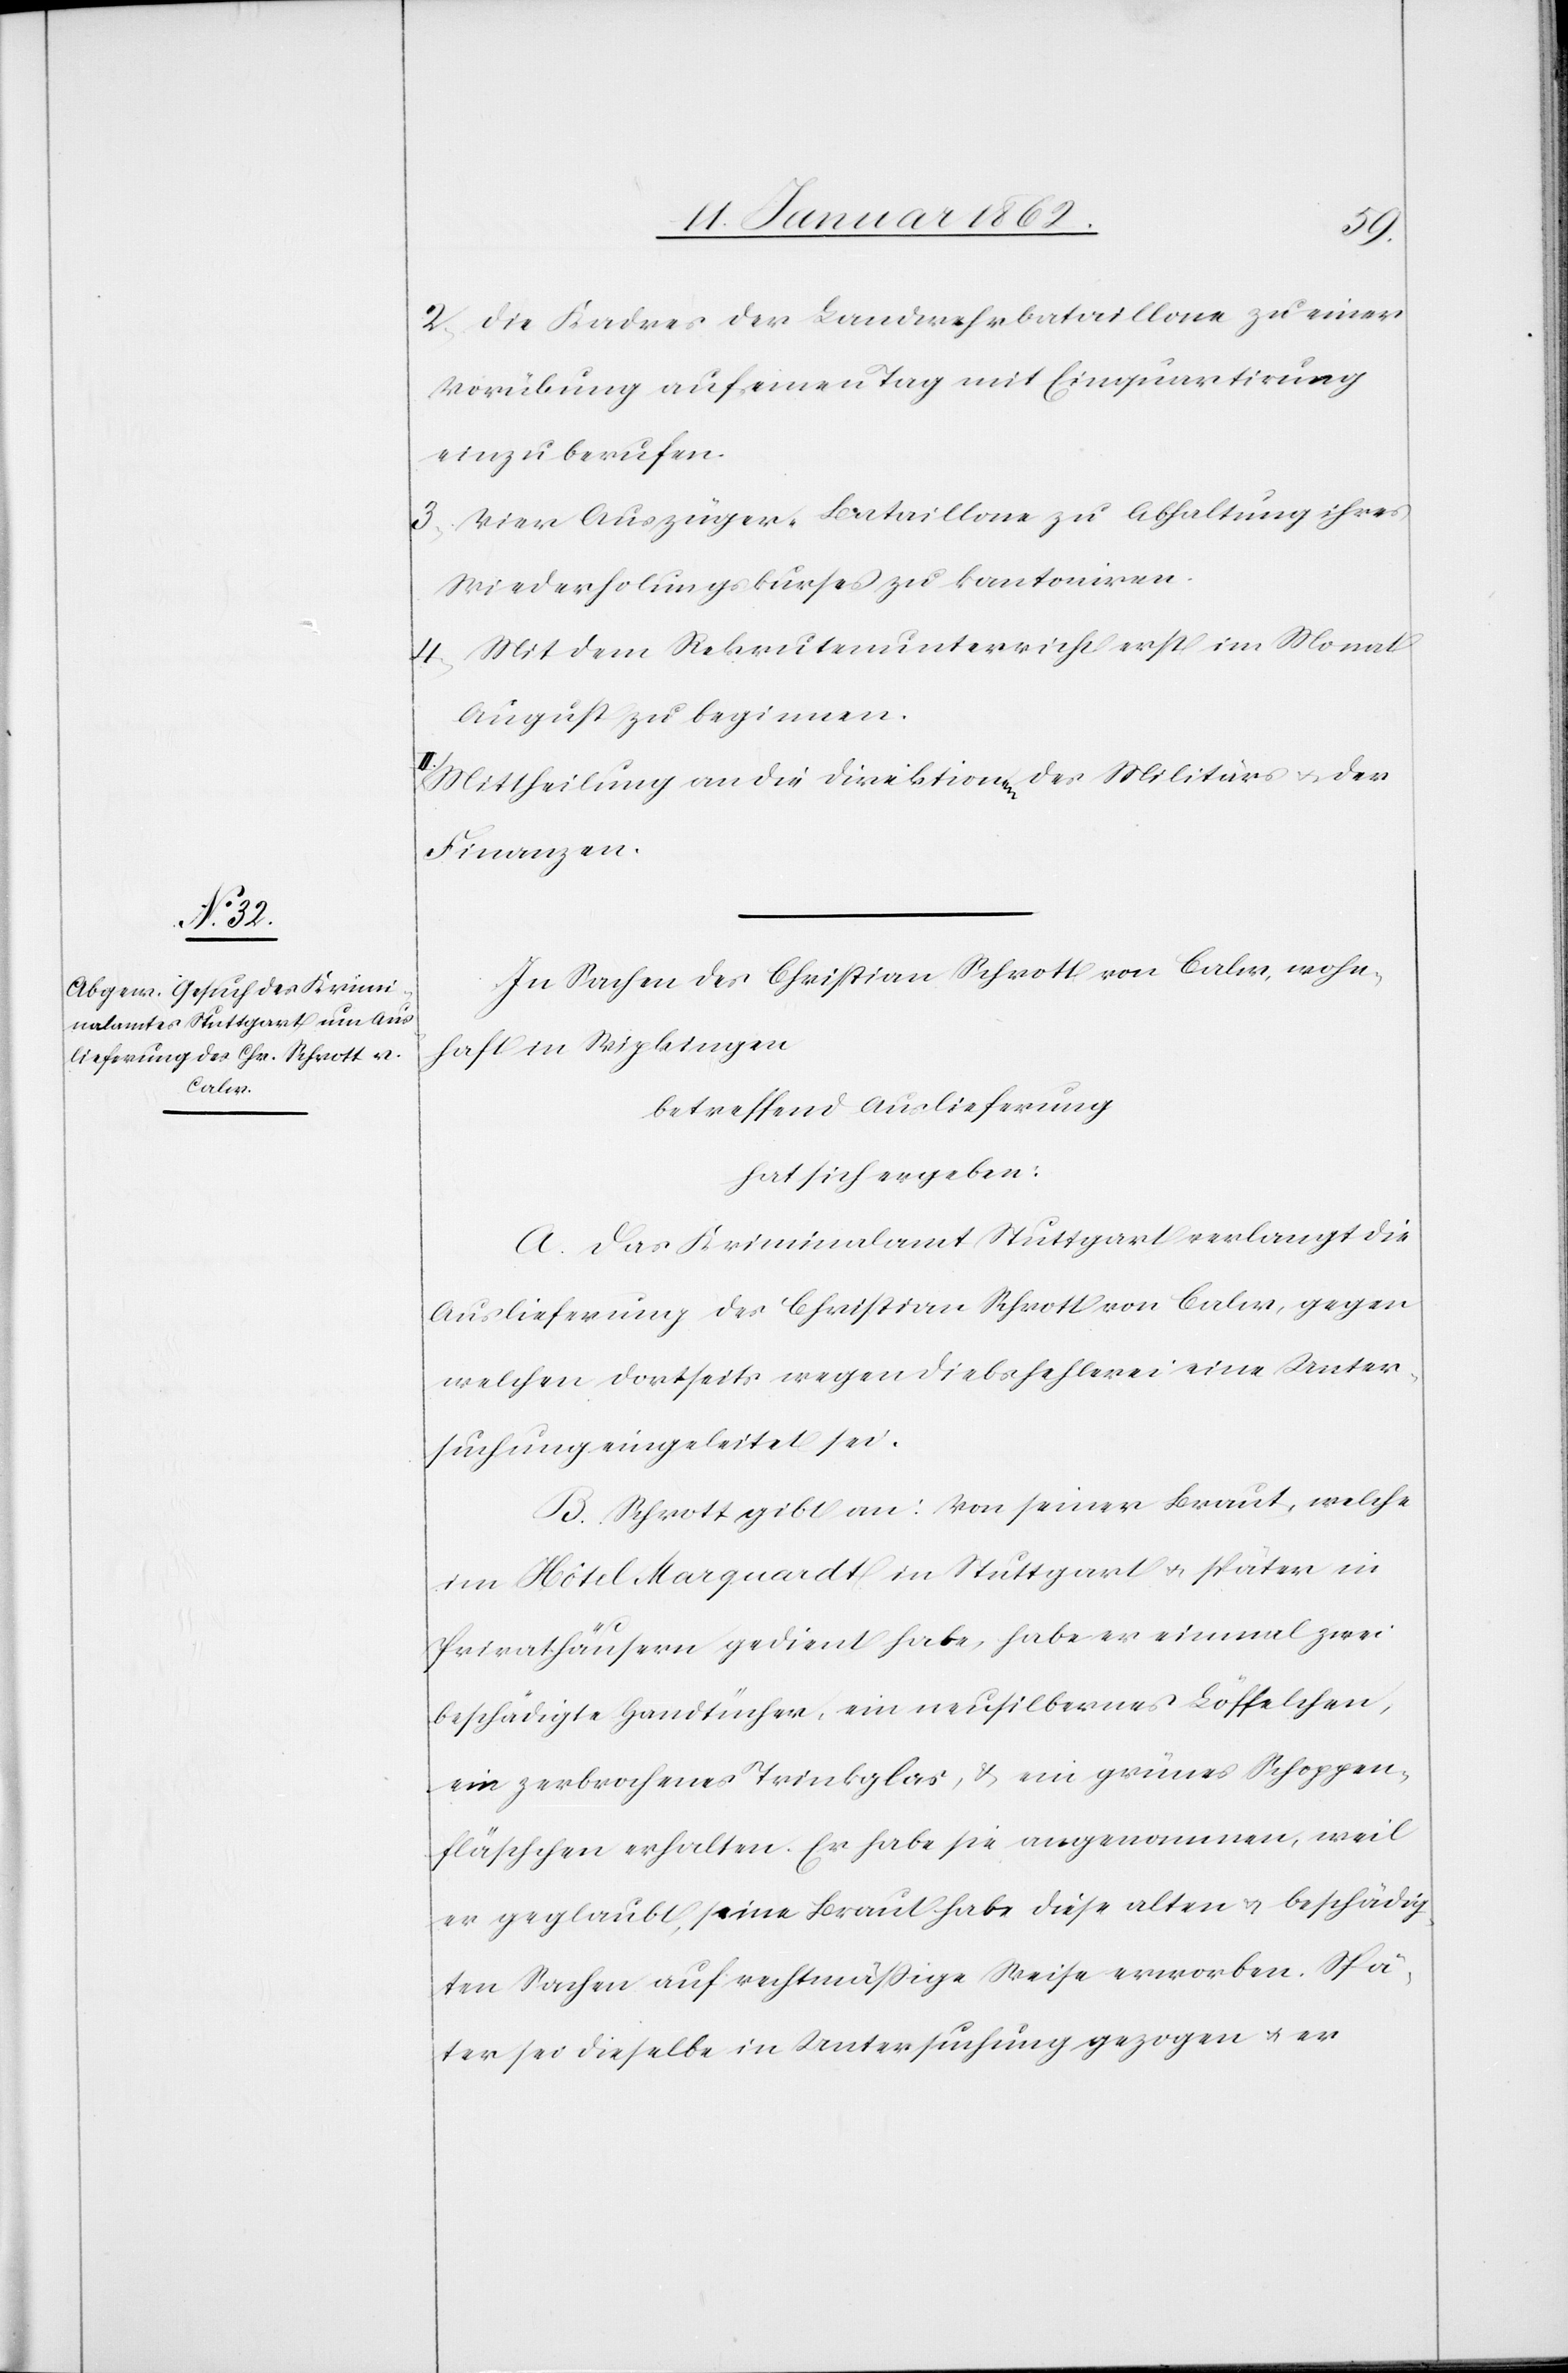
2. Die Kadres der Landwehrbataillone zu einer
Vorübung auf einen Tag mit Einquartirung
einzuberufen.
3. Vier Auszüger-Bataillone zu Abhaltung ihres
Wiederholungskurses zu kantoniren.
4. Mit dem Rekrutenunterricht erst im Monat
August zu beginnen.
Mittheilung an die Direktionen des Militärs u. der
Finanzen.
In Sachen des Christian Schrott von Calw, wohn¬
haft in Wipkingen
betreffend Auslieferung
hat sich ergeben:
A. Das Kriminalamt Stuttgart verlangt die
Auslieferung des Christian Schrott von Calw, gegen
welchen dortseits wegen Diebshehlerei eine Unter¬
suchung eingeleitet sei.
B. Schrott gibt an: Von seiner Braut, welche
im Hôtel Marquardt in Stuttgart u. später in
Privathäusern gedient habe, habe er einmal zwei
beschädigte Handtücher, ein neusilbernes Löffelchen,
ein zerbrochenes Trinkglas, u. ein grünes Schoppen¬
fläschchen erhalten. Er habe sie angenommen, weil
er geglaubt, seine Braut habe diese alten u. beschädig¬
ten Sachen auf rechtmäßige Weise erworben. Spä¬
ter sei dieselbe in Untersuchung gezogen u. er